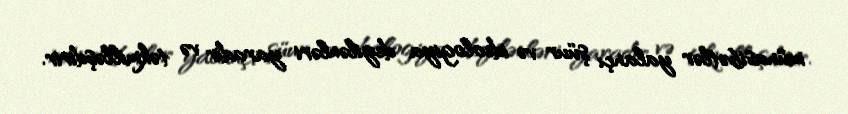
münasibətlər yalançı şüur və ideologiya deyilənləri yaradır və təkmilləşdirir.